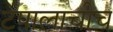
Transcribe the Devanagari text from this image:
टपालाचीच